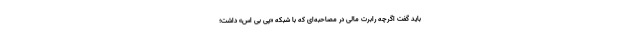
باید گفت اگرچه رابرت مالی در مصاحبه‌ای که با شبکه «پی بی اس» داشت؛